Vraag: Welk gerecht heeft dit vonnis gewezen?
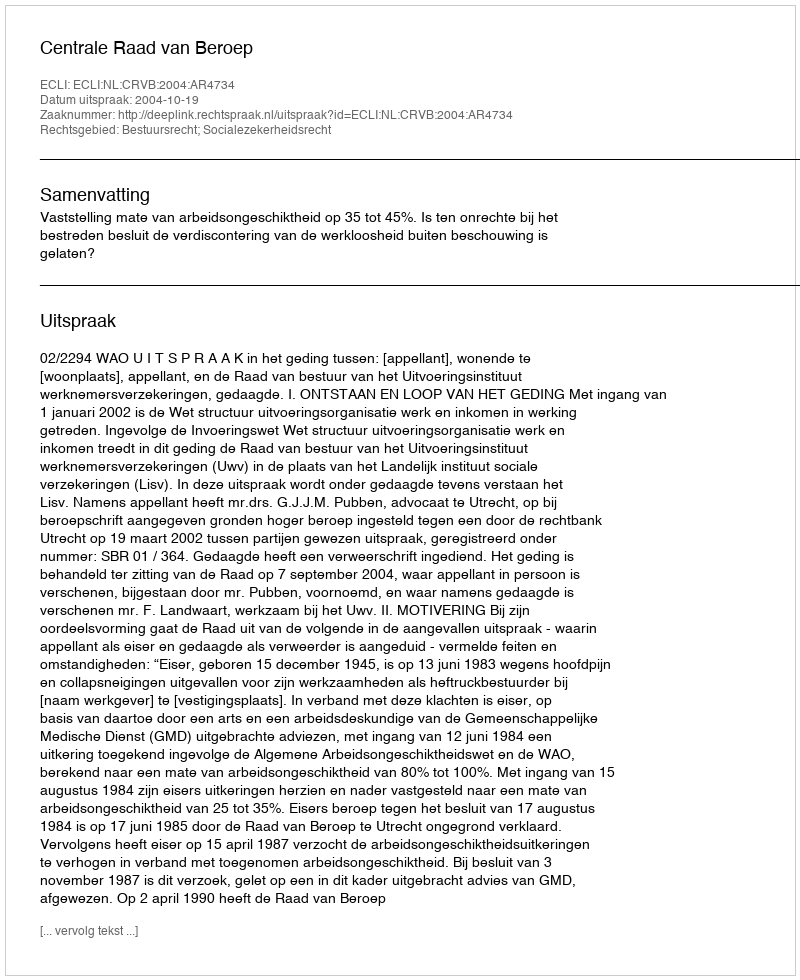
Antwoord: Centrale Raad van Beroep